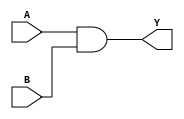
module two_input_AND_gate(
  input A,
  input B,
  output Y
);

assign Y = A & B;

endmodule